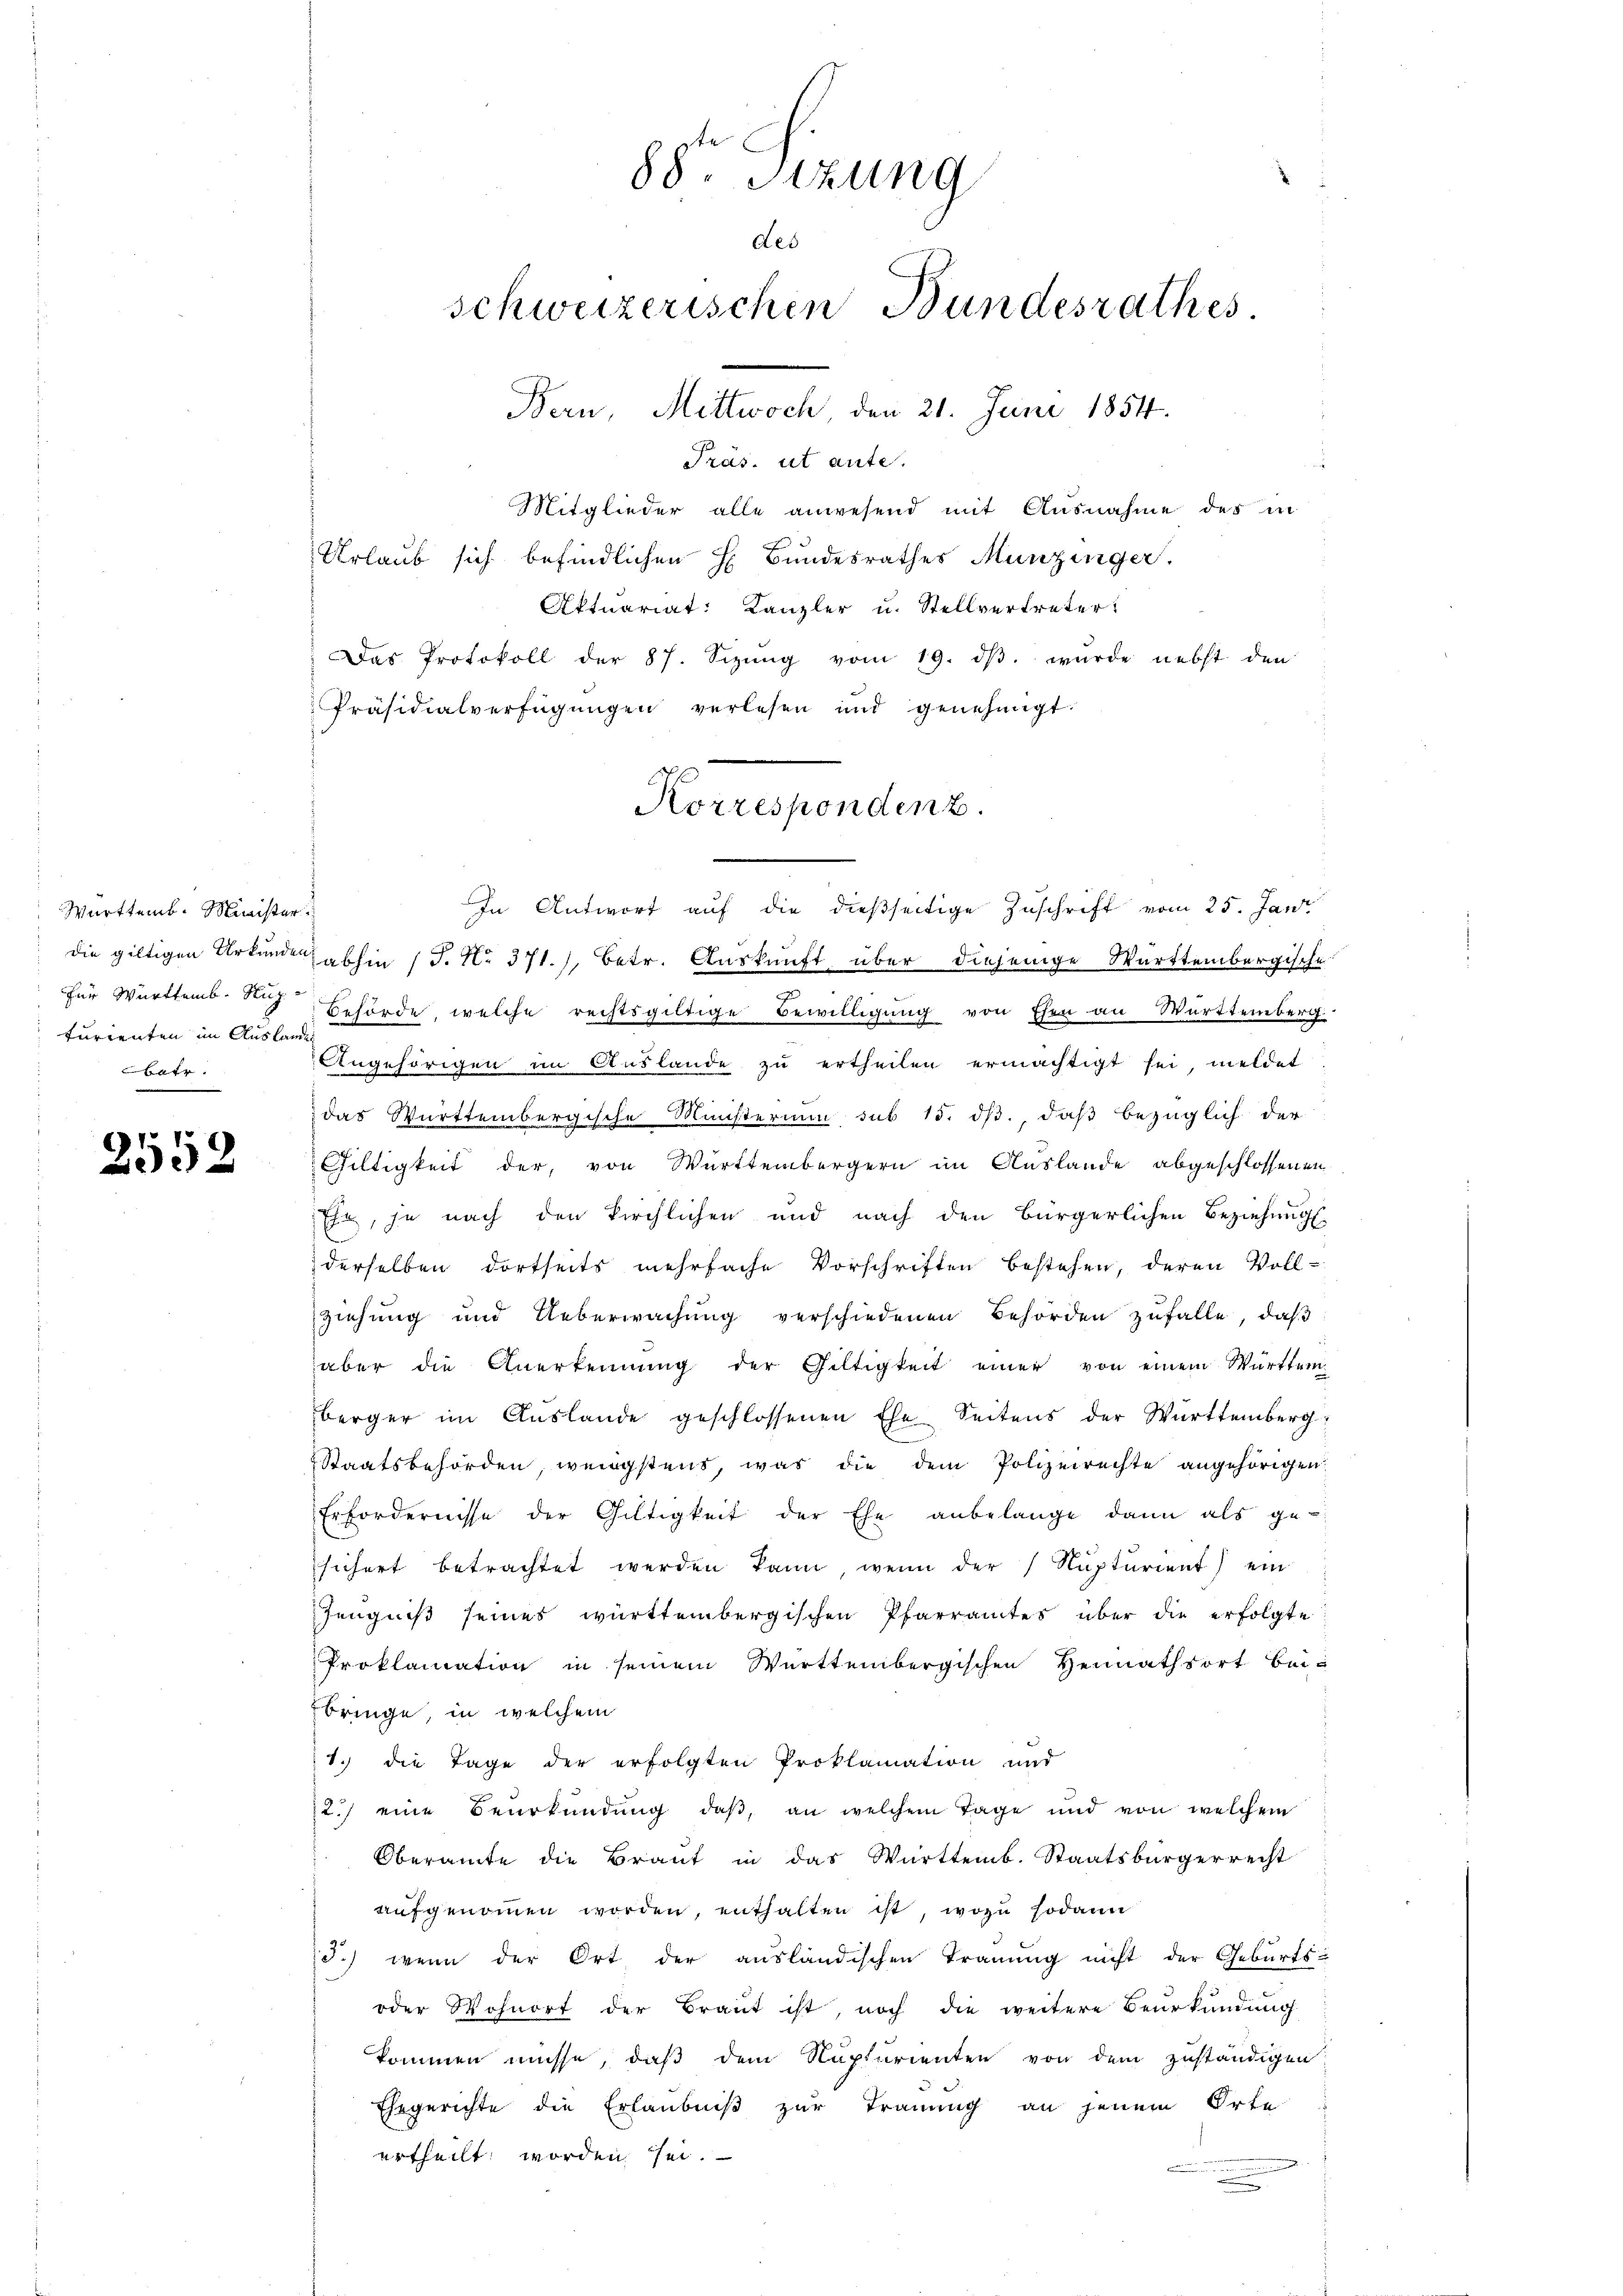
Württemb. Minister
furienten im Auslanden
betr.

2552

Präs. ut ante.
Mitglieder alle anwesend mit Ausnahme des in
Urlaub sich befindlichen H. Bundesrathes Munzinger.
Aktuariat: Kanzler u. Stellvertreter:
Das Protokoll der 87. Sizŭng vom 19. dβ. wŭrde nebst den
Präsidialverfügŭngen verlesen und genehmigt.

In Antwort auf die dießseitige Zuschrift vom 25. Jani
die giltigen Urkunden abhin 15. No 371.) Betr. Auskunft über diejenige Württembergische
für Württemb. Teig Behörde, welche rechtsgültige Bewilligung von Ehen an Württemberg
Angehörigen im Auslande zu ertheilen ermächtigt sei, meldet
das Württembergische Ministerium sub 15. ds., daß bezüglich der
Giltigkeit der, von Württembergern im Auslande abgeschlossenen
Ehr, je nach den kirchlichen und nach den Bürgerlichen Beziehung
derselben dortseits mehrfache Vorschriften bestehen, deren Voll-
ziehung und Ueberwachung verschiedenen Behörden zufalle, daß
aber die Anerkennung der Giltigkeit einer von einem Württem
berger im Auslande geschlossenen Ehe Seitens der Württemberg
Staatsbehörden, wenigstens, was die dem Polizeirechte angehörigen.
Erfordernisse der Gültigkeit der Ehe anbelange dann als ge-
sichert betrachtet werden kann, wenn der Nupturient) ein
Zeugniß seines württembergischen Pfarramtes über die erfolgte
Proklamation in seinem Württembergischen Heimathsort beibringe, in welchem
1. die Tage der erfolgten Proklamation und
2.) eine Beurkundung, daß, an welchem Tage und von welchem
Oberamte die Braut in das Württemb. Staatsbürgerrecht
aufgenommen worden, enthalten ist, wozu sodann
3.) wenn der Ort der ausländischen Trauung nicht der Geburts-
oder Wohnort der Braut ist, noch die weitere Beurkundung
kommen müsse, daß dem Nupturienten von dem zuständigen
Ehegerichte die Erlaubniß zur Trauung an jenem Orte
ertheilt worden sei.

88. Sizung
des
schweizerischen Bundesrathes
Bern, Mittwoch, den 21. Juni 1854.

Korrespondenz.